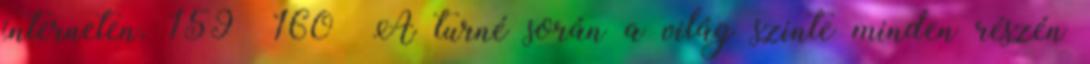
interneten. 159 160 A turné során a világ szinte minden részén